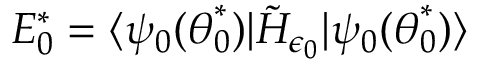
E _ { 0 } ^ { * } = \langle \psi _ { 0 } ( \boldsymbol { \theta } _ { 0 } ^ { * } ) | \tilde { H } _ { \epsilon _ { 0 } } | \psi _ { 0 } ( \boldsymbol { \theta } _ { 0 } ^ { * } ) \rangle